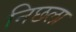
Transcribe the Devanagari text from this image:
निछला